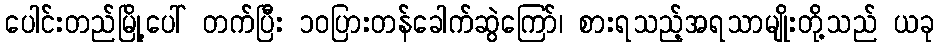
ပေါင်းတည်မြို့ပေါ် တက်ပြီး ၁၀ပြားတန်ခေါက်ဆွဲကြော်၊ စားရသည့်အရသာမျိုးတို့သည် ယခု